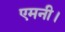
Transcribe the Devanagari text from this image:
एमनी।